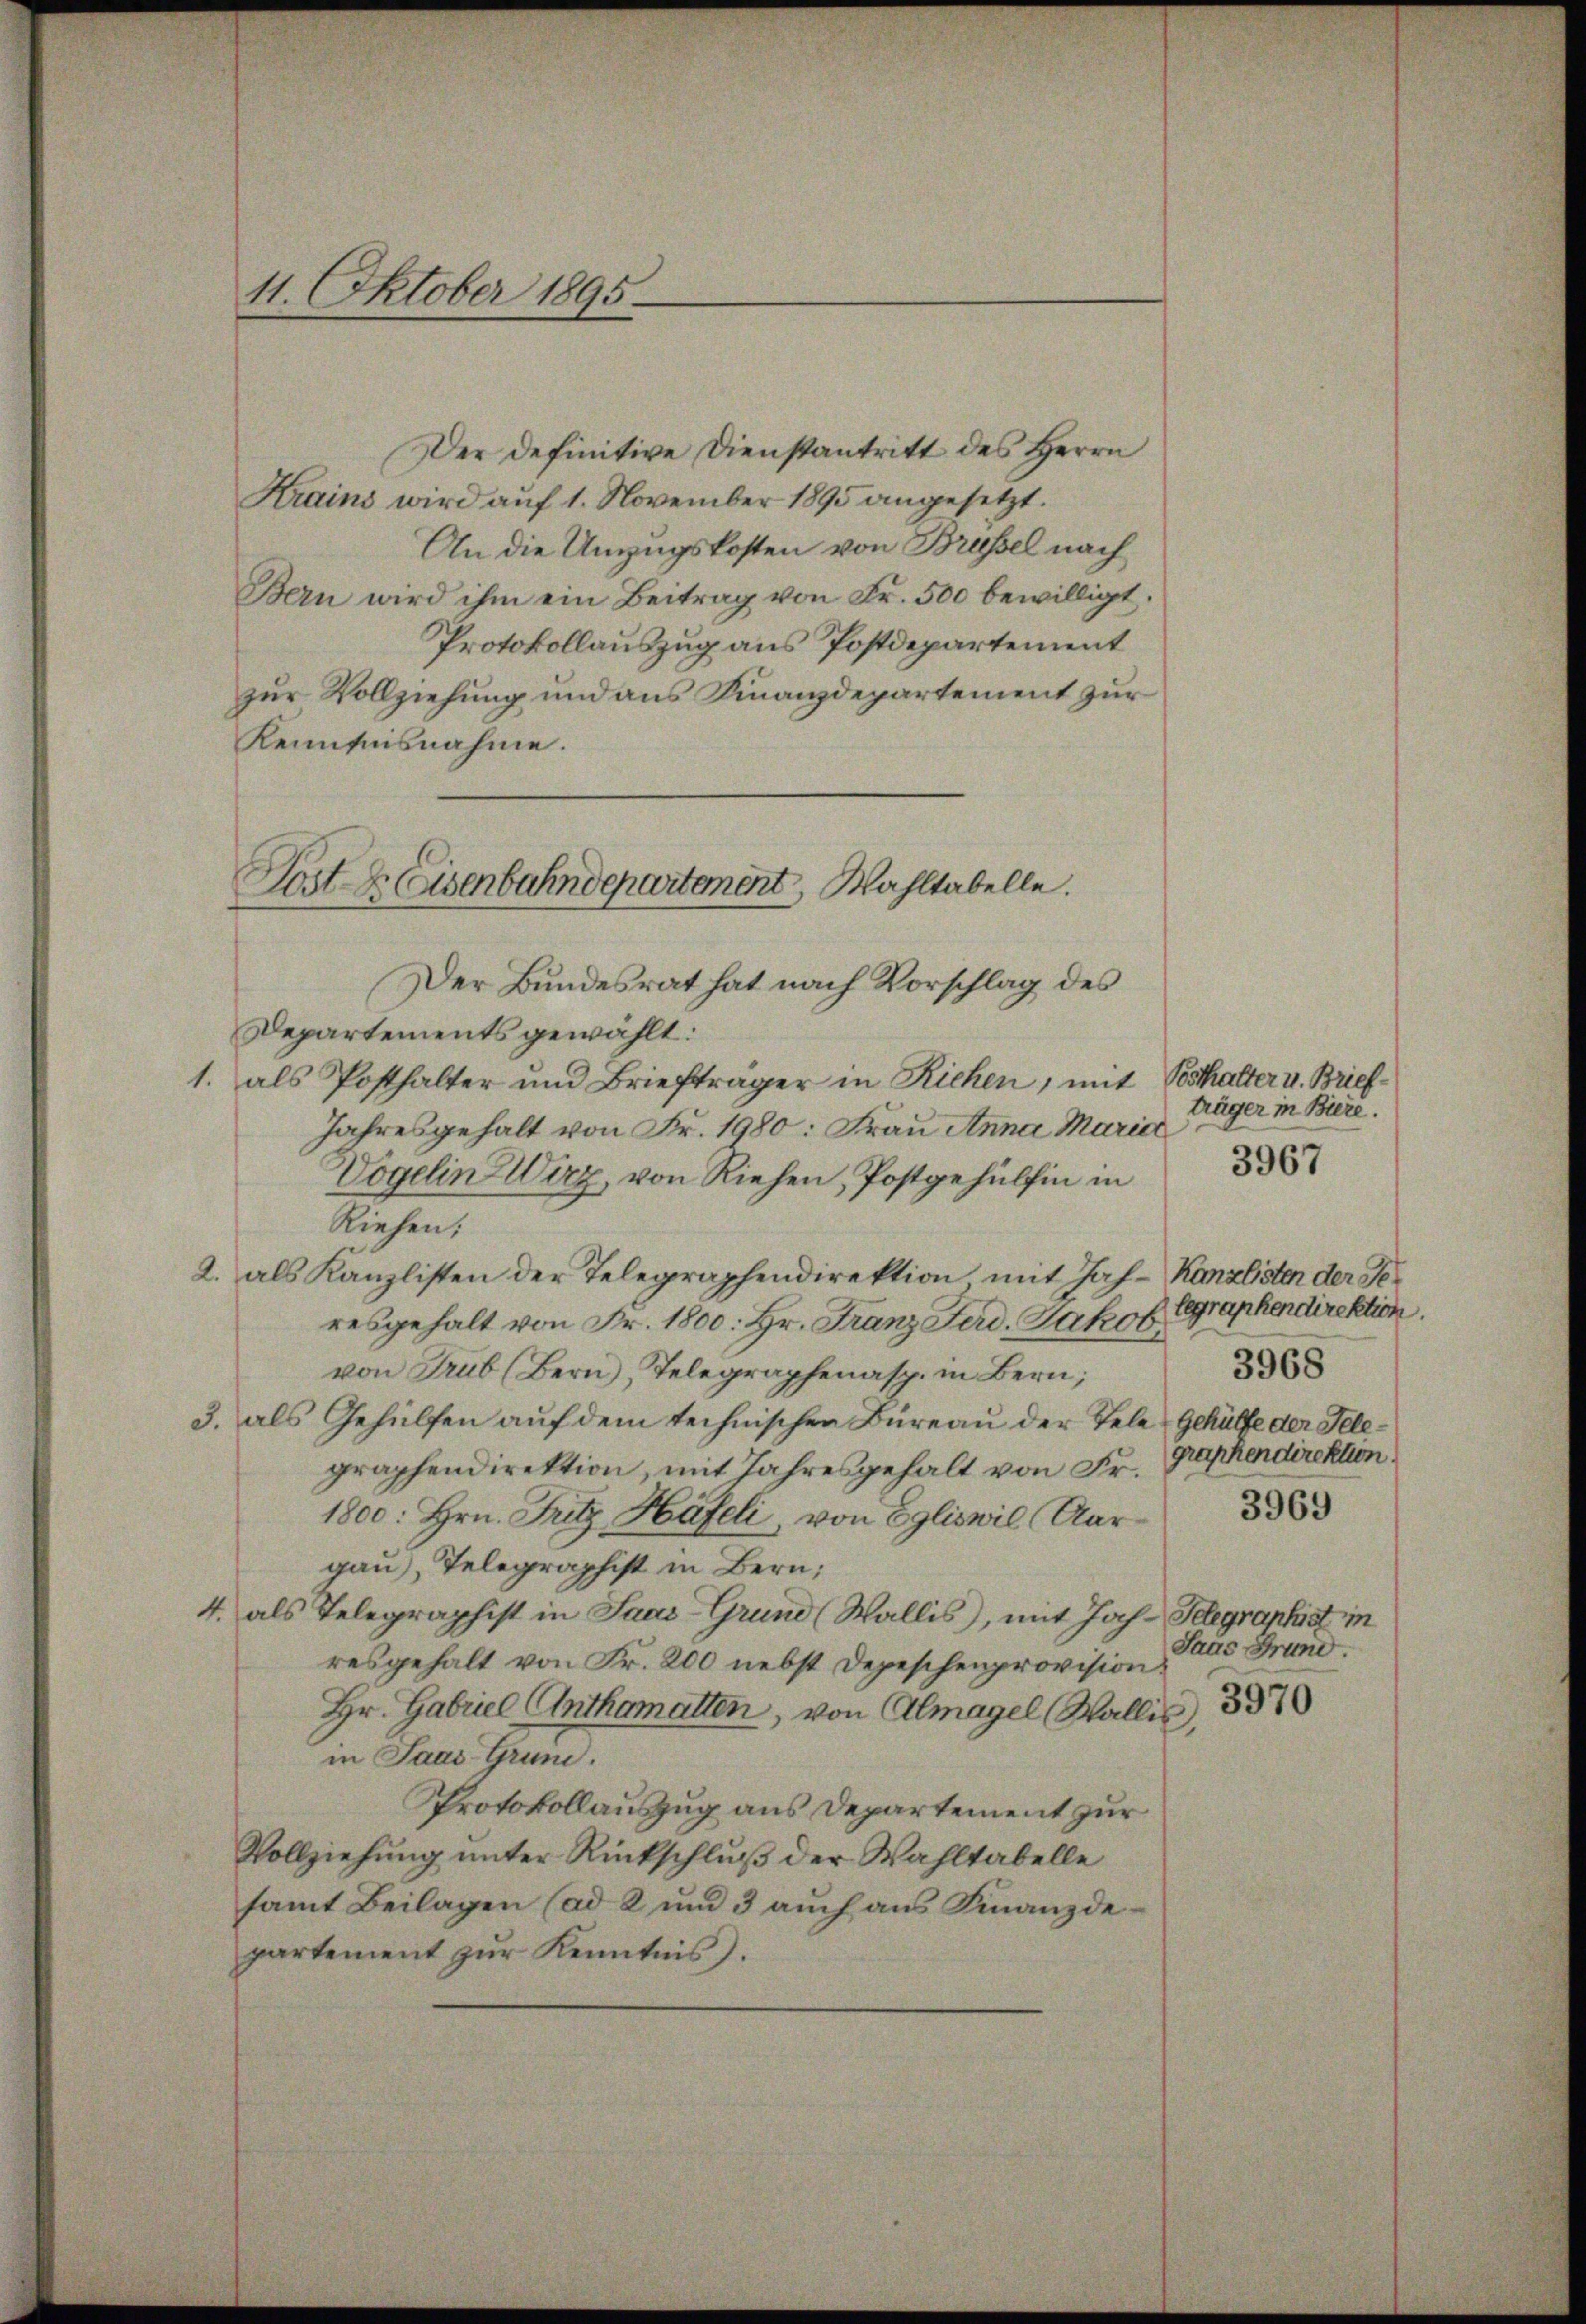
11. Oktober 1895.

Der definitive Dienstantritt des Herrn
Krains wird auf 1. November 1895 angesetzt.
An die Umzugskosten von Brüssel nach
Bern wird ihm ein Beitrag von Fr. 500 bewilligt.
Protokollauszug aus Postdepartement
zur Vollziehung und aus Finanzdepartement zur
Kenntnisnahme.
Der Bundesrat hat nach Vorschlag des
Departements gewählt:
1. als Posthalter und Briefträger in Richen, mit Posthalter u. Brief¬
Jahresgehalt von Fr. 1980: Frau Anna Mariel
Vögelin Wirz, von Riehen, Postgehülfen in
Riehen:
2. als Kanzlisten der Telegraphendirektion mit Jah-Kanzlisten der Geresgehalt von Fr. 1800. Hr. Franz Ferd. Jakob Ggraphendirektion.
von Trub (Bern, Telegraphenasp. in Bern;
3. als Gehülfen auf dem technischen Büreau der Tele Gehülfe der Telegraphendirektion, mit Jahresgehalt von Fr. Graphendirektion
1800. Hrn. Fritz Häfeli, von Egliswil, Aargau), Telegraphist in Bern;
4. als Telegraphist in Saas-Grund (Wallis, mit Joh. Telegraphist in
resgehalt von Fr. 200 nebst Depeschenprovision.
Hr. Gabriel Anthematten, von Almagel (Wallis,
in Saas Grund.
Protokollauszug aus Departement zur
Vollziehung unter Rückschluß der Wahltabelle
samt Beilagen (ad 2 und 3 auch aus Finanzdepartement zur Kenntnis.

Post z. Eisenbahndepartement, Wahltabelle.

träger in Biere.
3967

3968
3969

Jaus Grund.

3970